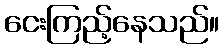
ငေးကြည့်နေသည်။